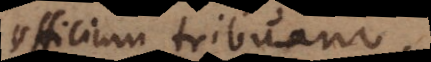
officium tribuam.